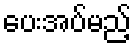
ပေးအပ်မည့်